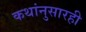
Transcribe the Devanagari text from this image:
कथांनुसारही